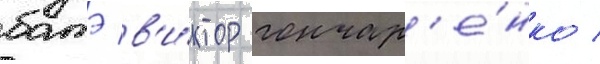
батэ в'и́ктор гончар'е́нко /